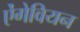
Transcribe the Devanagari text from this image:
ऐंगेवियन